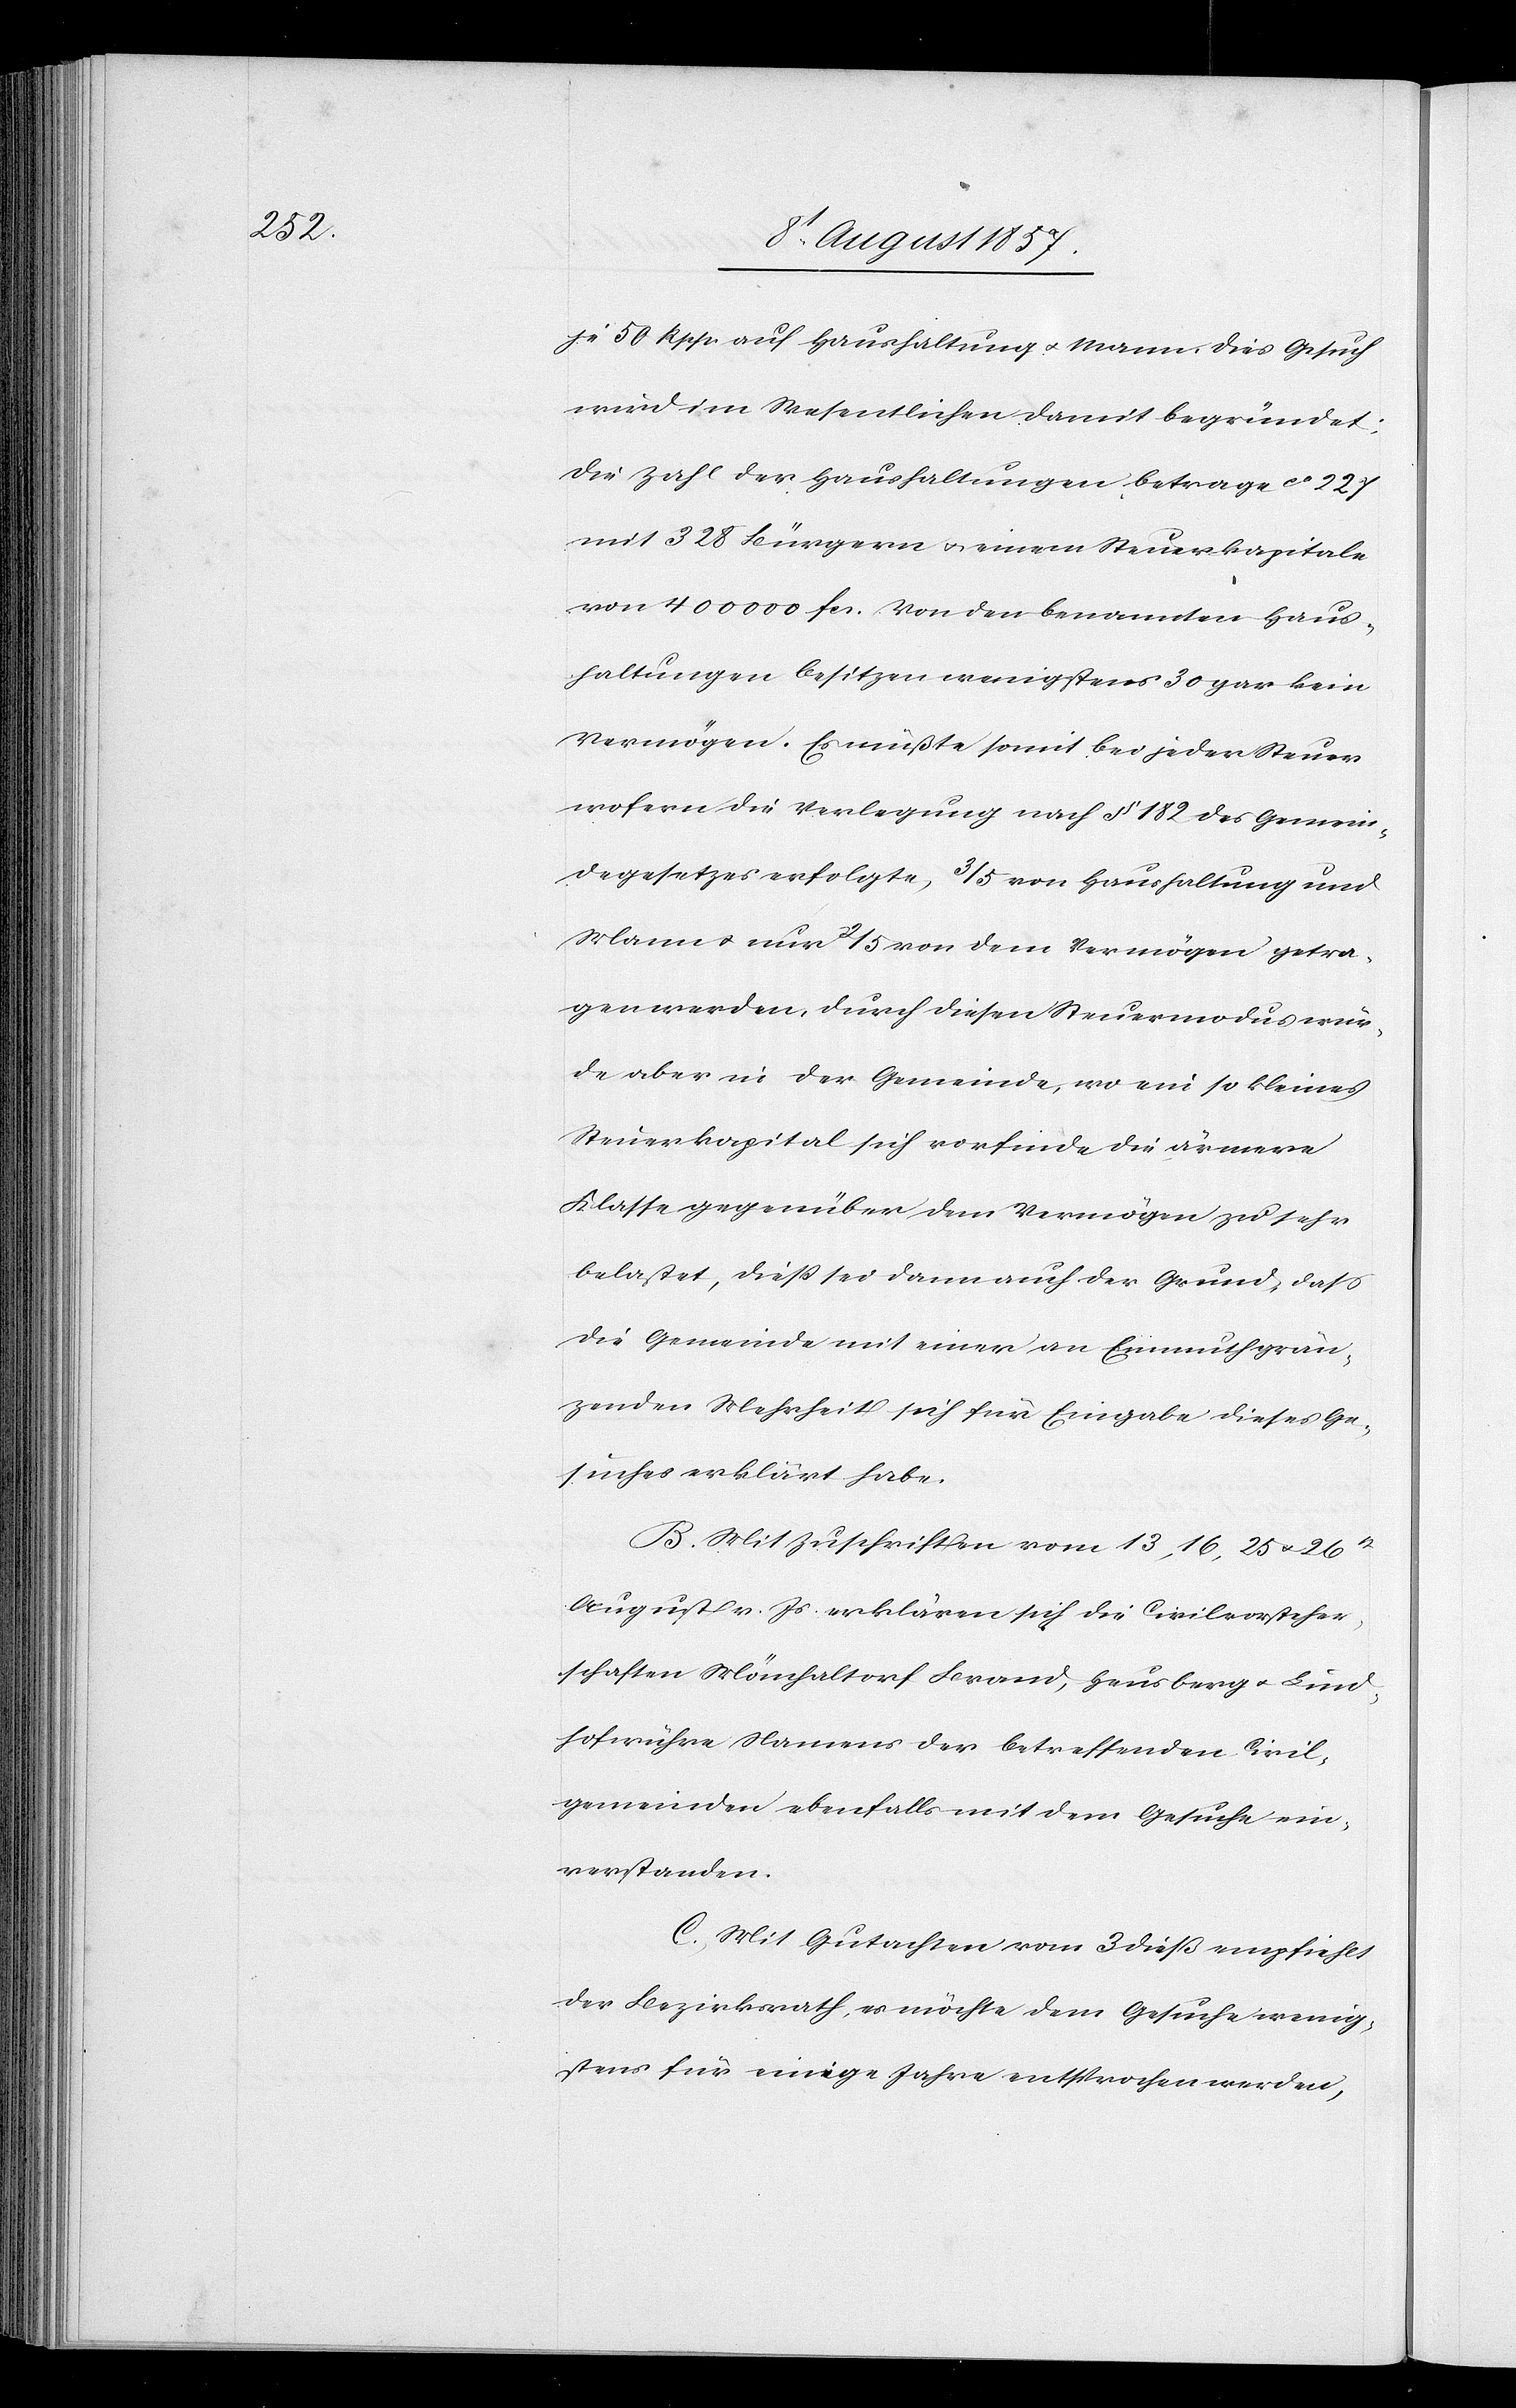
je 50 Rppn. auf Haushaltung & Mann. Dies Gesuch
wird im Wesentlichen damit begründet:
die Zahl der Haushaltungen betrage ca 227
mit 328 Bürgern & einem Steuerkapitale
von 400 000 fcs. Von den benannten Haus¬
haltungen besitzen wenigstens 30 gar kein
Vermögen. Es müßte somit bei jeder Steuer
wofern die Verlegung nach § 182 des Gemein¬
degesetzes erfolgte, 3/5 von Haushaltung und
Manne nur 2/5 von dem Vermögen getra¬
gen werden, durch diesen Steuermodus wür¬
de aber in der Gemeinde, wo ein so kleines
Steuerkapital sich vorfinde die ärmere
Klasse gegenüber dem Vermögen zu sehr
belastet, dieß sei dann auch der Grund, daß
die Gemeinde mit einer an Einmuth grän¬
zenden Mehrheit sich für Eingabe dieses Ge¬
suches erklärt habe.
B. Mit Zuschrift vom 13, 16, 25 & 26t
August v. Js. erklären sich die Civilvorsteher¬
schaften Mönchaltorf, Brand, Hausberg & Lind¬
hofwühre Namens der betreffenden Civil¬
gemeinden ebenfalls mit dem Gesuche ein¬
verstanden.
C. Mit Gutachten vom 3 dieß empfiehlt
der Bezirksrath, es möchte dem Gesuche wenig¬
stens für einige Jahre entsprochen werden